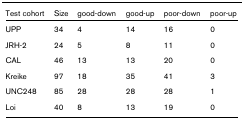
<table><thead><tr><td><b>Test cohort</b></td><td><b>Size</b></td><td><b>good-down</b></td><td><b>good-up</b></td><td><b>poor-down</b></td><td><b>poor-up</b></td></tr></thead><tbody><tr><td>UPP</td><td>34</td><td>4</td><td>14</td><td>16</td><td>0</td></tr><tr><td>JRH-2</td><td>24</td><td>5</td><td>8</td><td>11</td><td>0</td></tr><tr><td>CAL</td><td>46</td><td>13</td><td>13</td><td>20</td><td>0</td></tr><tr><td>Kreike</td><td>97</td><td>18</td><td>35</td><td>41</td><td>3</td></tr><tr><td>UNC248</td><td>85</td><td>28</td><td>28</td><td>28</td><td>1</td></tr><tr><td>Loi</td><td>40</td><td>8</td><td>13</td><td>19</td><td>0</td></tr></tbody></table>